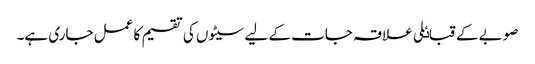
صوبے کے قباٸلی علاقہ جات کے لیے سیٹوں کی تقسیم کا عمل جاری ہے۔